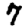
Digit: 7